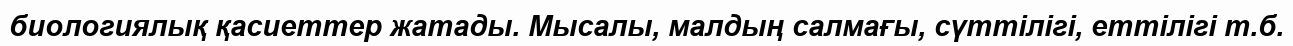
биологиялық қасиеттер жатады. Мысалы, малдың салмағы, сүттілігі, еттілігі т.б.